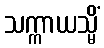
သက္ကာယသ္မိံ